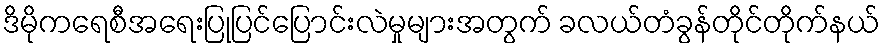
ဒိမိုကရေစီအရေးပြုပြင်ပြောင်းလဲမှုများအတွက် ခလယ်တံခွန်တိုင်တိုက်နယ်